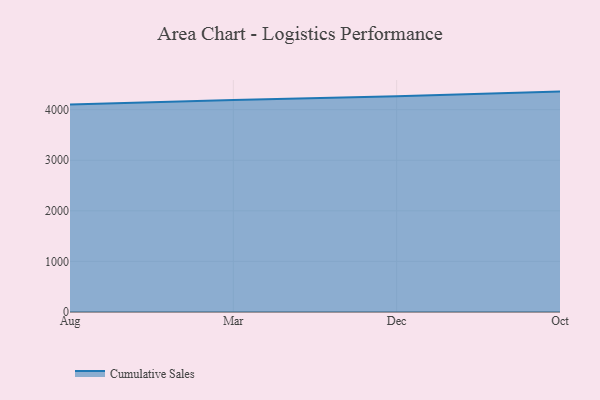
{"axis": {"x": "Month", "y": "Market Share (%)"}, "legend": ["Cumulative Sales"], "data": [{"x": "Aug", "y": 4101.7, "type": "Cumulative Sales"}, {"x": "Mar", "y": 4192.3, "type": "Cumulative Sales"}, {"x": "Dec", "y": 4266.5, "type": "Cumulative Sales"}, {"x": "Oct", "y": 4357.5, "type": "Cumulative Sales"}]}